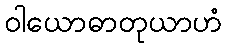
ဝါယောဓာတုယာဟံ